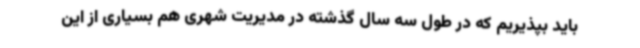
باید بپذیریم که در طول سه سال گذشته در مدیریت شهری هم بسیاری از این